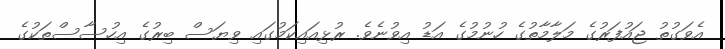
އެވަގުތު ޖައުފަރުގެ މަލާމާތުގެ ހުނުމުގެ އަޑު އިވުނެވެ. ރުޅިއައިކަމުގައި ވިޔަސް ބިރުގެ އިހުސާސްތަކުގެ